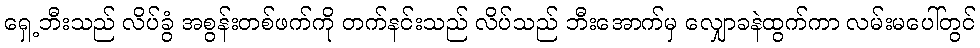
ရှေ့ဘီးသည် လိပ်ခွံ အစွန်းတစ်ဖက်ကို တက်နင်းသည် လိပ်သည် ဘီးအောက်မှ လျှောခနဲထွက်ကာ လမ်းမပေါ်တွင်